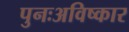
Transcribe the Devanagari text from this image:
पुनःअविष्कार